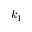
k _ { 1 }